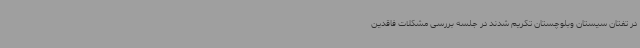
در تفتان سیستان وبلوچستان تکریم شدند در جلسه بررسی مشکلات فاقدین